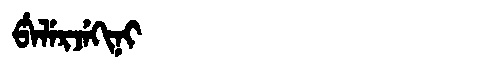
Manchu: ᡦᡝᠯᡝᡵᠵᡝᡴᡳᠨᡳ
Romanization: PELERJEKINI